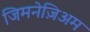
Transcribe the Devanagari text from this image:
जिमनेज़िअम